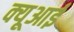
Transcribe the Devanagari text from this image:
क्यूआई